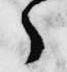
々